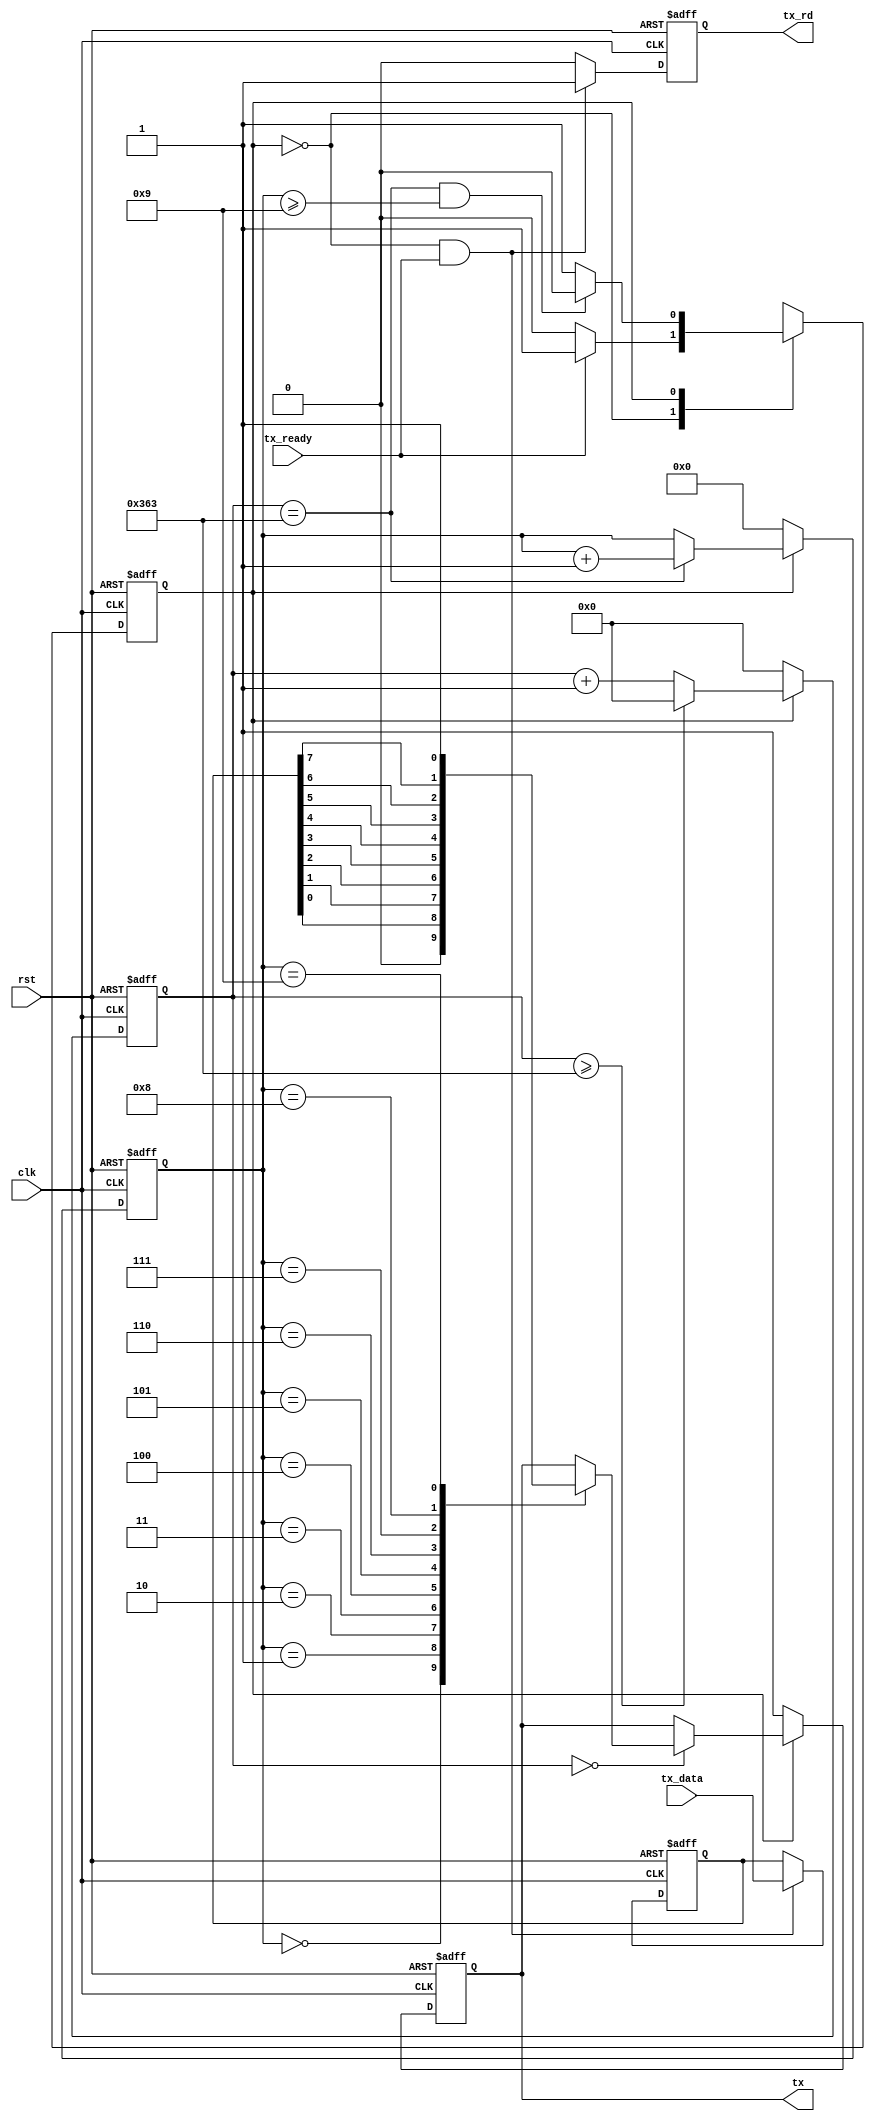
module tx(
    input           clk,rst,
    output  reg     tx,
    input           tx_ready,
    output  reg     tx_rd,
    input   [7:0]   tx_data
);
parameter   DIV_CNT   = 10'd867;
parameter   HDIV_CNT  = 10'd433;
parameter   TX_CNT    = 4'h9;
parameter   C_IDLE    = 1'b0;
parameter   C_TX      = 1'b1;    
    
reg         curr_state,next_state;    
reg [9:0]   div_cnt;
reg [4:0]   tx_cnt;
reg [7:0]   tx_reg;
always@(posedge clk or posedge rst)
begin
    if(rst)
        curr_state  <= C_IDLE;
    else
        curr_state  <= next_state;
end    
always@(*)
begin
    case(curr_state)
        C_IDLE:
            if(tx_ready==1'b1)
                next_state  = C_TX;
            else
                next_state  = C_IDLE;
        C_TX:
            if((div_cnt==DIV_CNT)&&(tx_cnt>=TX_CNT))
                next_state  = C_IDLE;
            else
                next_state  = C_TX;
    endcase
end
always@(posedge clk or posedge rst)
begin
    if(rst)
        div_cnt <= 10'h0;
    else if(curr_state==C_TX)
    begin
        if(div_cnt>=DIV_CNT)
            div_cnt <= 10'h0;
        else
            div_cnt <= div_cnt + 10'h1;
    end
    else
        div_cnt <= 10'h0;
end
always@(posedge clk or posedge rst)
begin
    if(rst)
        tx_cnt  <= 4'h0;
    else if(curr_state==C_TX)
    begin
        if(div_cnt==DIV_CNT)
            tx_cnt <= tx_cnt + 1'b1;
    end
    else
        tx_cnt <= 4'h0;
end
always@(posedge clk or posedge rst)
begin
    if(rst)
        tx_rd   <= 1'b0;
    else if((curr_state==C_IDLE)&&(tx_ready==1'b1))
        tx_rd   <= 1'b1;
    else
        tx_rd   <= 1'b0;
end
always@(posedge clk or posedge rst)
begin
    if(rst)
        tx_reg  <= 8'b0;
    else if((curr_state==C_IDLE)&&(tx_ready==1'b1))
        tx_reg  <= tx_data;
end

always@(posedge clk or posedge rst)
begin
    if(rst)
        tx  <= 1'b1;
    else if(curr_state==C_IDLE)
        tx  <= 1'b1;
    else if(div_cnt==10'h0)
    begin
        case(tx_cnt)
            4'h0:   tx  <= 1'b0;
            4'h1:   tx  <= tx_reg[0];
            4'h2:   tx  <= tx_reg[1];
            4'h3:   tx  <= tx_reg[2];
            4'h4:   tx  <= tx_reg[3];
            4'h5:   tx  <= tx_reg[4];
            4'h6:   tx  <= tx_reg[5];
            4'h7:   tx  <= tx_reg[6];
            4'h8:   tx  <= tx_reg[7];
            4'h9:   tx  <= 1'b1;
        endcase
    end
end
endmodule